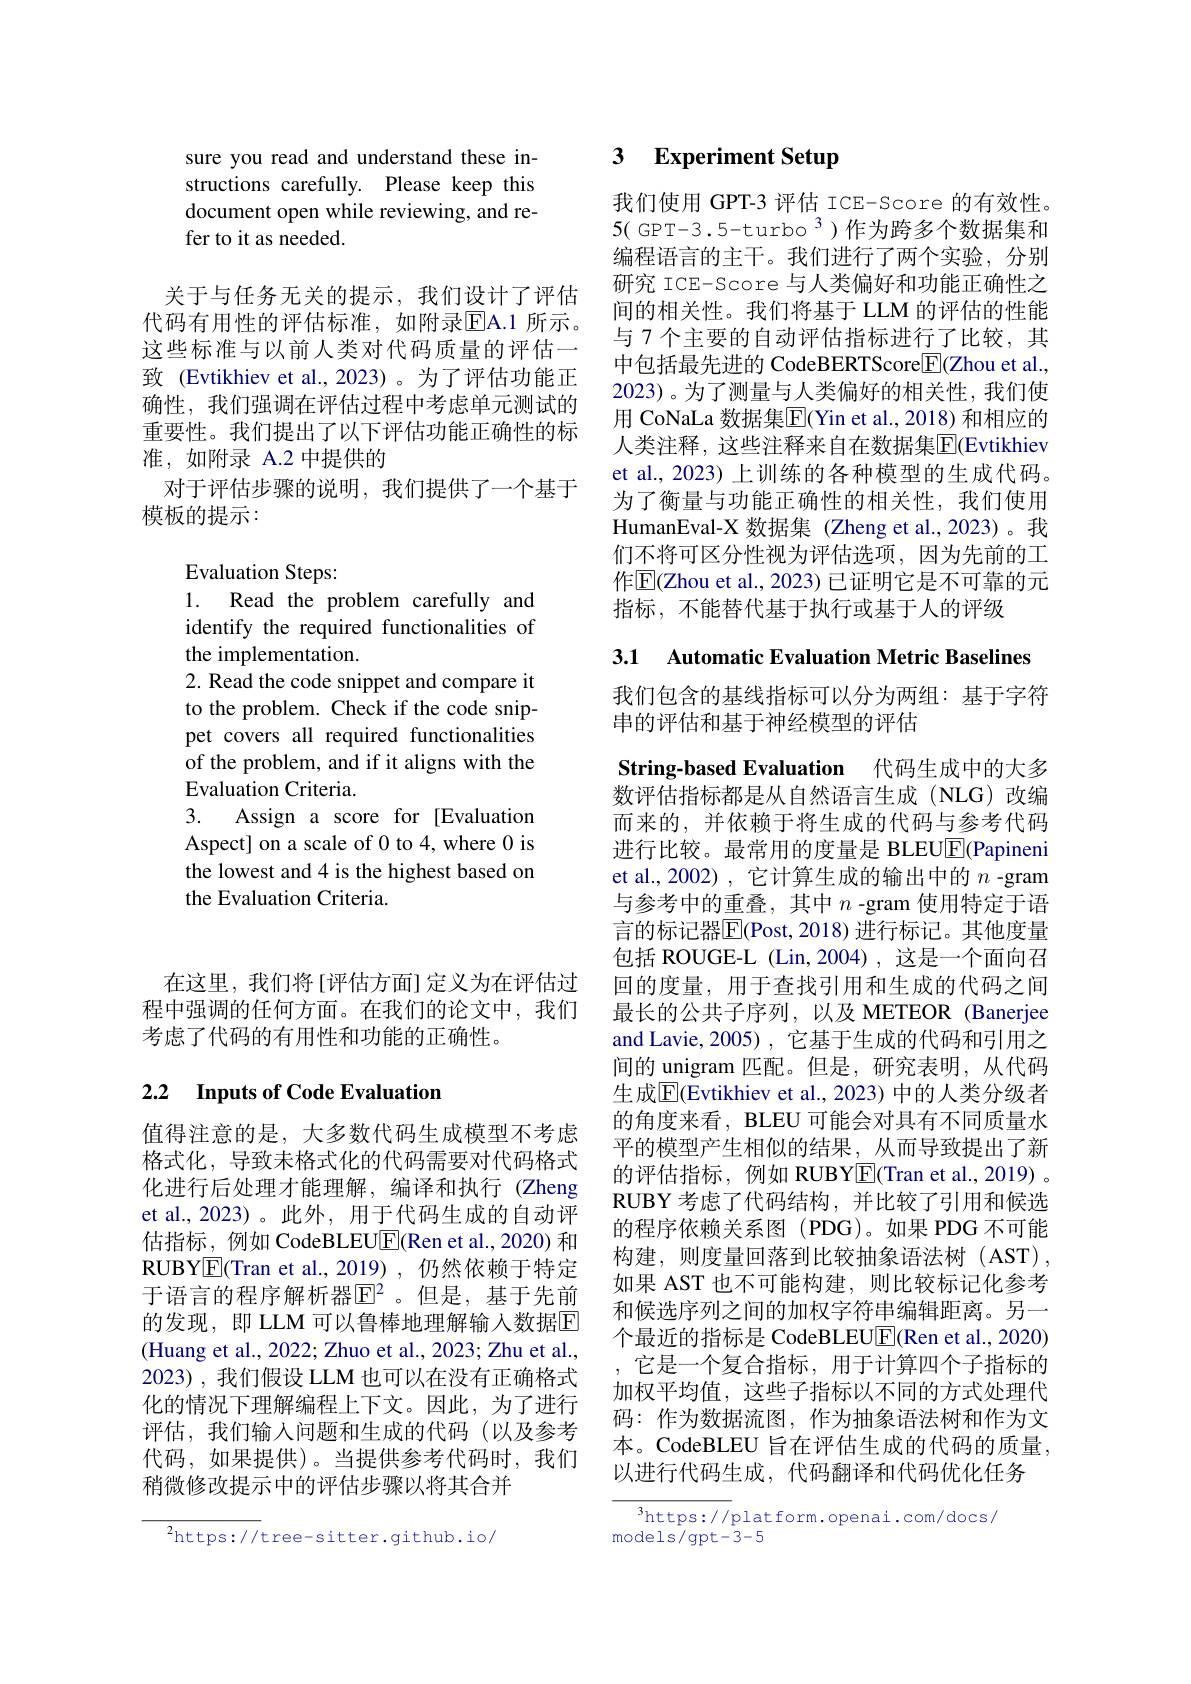
在这里，我们将[评估方面]定义为在评估过程中强调的任何方面。在我们的论文中，我们考虑了代码的有用性和功能的正确性。

## 2.2 $\textbf{Inputs of Code Evaluation}$

值得注意的是，大多数代码生成模型不考虑格式化，导致未格式化的代码需要对代码格式化进行后处理才能理解，编译和执行(Zheng et al., 2023)。此外，用于代码生成的自动评估指标，例如 CodeBLEU$\underline{\mathrm{E}}$(Ren et al., 2020) 和RUBYE(Tran et al.,2019),仍然依赖于特定于语言的程序解析器$\overline{\mathrm{E}}^2$。但是，基于先前的发现，即 LLM 可以鲁棒地理解输入数据$\overline{\mathrm{F}}$ (Huang et al., 2022; Zhuo et al., 2023; Zhu et al., 2023),我们假设 LLM 也可以在没有正确格式化的情况下理解编程上下文。因此，为了进行评估，我们输入问题和生成的代码(以及参考代码，如果提供)。当提供参考代码时，我们稍微修改提示中的评估步骤以将其合并

$^{2}$https://tree-sitter.github.io/

sure you read and understand these instructions carefully. Please keep this document open while reviewing, and refer to it as needed.

关于与任务无关的提示，我们设计了评估代码有用性的评估标准，如附录$\overline{\mathrm{EA.1~}}$所示。这些标准与以前人类对代码质量的评估一致 (Evtikhiev et al.,2023)。为了评估功能正确性，我们强调在评估过程中考虑单元测试的重要性。我们提出了以下评估功能正确性的标准，如附录 A.2 中提供的
对于评估步骤的说明，我们提供了一个基于
模板的提示：

Evaluation Steps:
1. Read the problem carefully and identify the required functionalities of the implementation.
2. Read the code snippet and compare it to the problem. Check if the code snippet covers all required functionalities of the problem, and if it aligns with the Evaluation Criteria.
3.
Assign a score for [Evaluation Aspect] on a scale of 0 to 4, where 0 is the lowest and 4 is the highest based on the Evaluation Criteria.

# 3 Experiment Setup

我们使用 GPT-3 评估 ICE-Score 的有效性。$5(\mathrm{~GPT-3.5-turbo~}^{3})$作为跨多个数据集和编程语言的主干。我们进行了两个实验，分别研究 ICE-Score 与人类偏好和功能正确性之间的相关性。我们将基于 LLM 的评估的性能与 7 个主要的自动评估指标进行了比较，其中包括最先进的 CodeBERTScore$\boxed{\mathrm{F}}($Zhou et al., 2023)。为了测量与人类偏好的相关性，我们使用 CoNaLa 数据集$\overline{\mathrm{E}}$(Yin et al., 2018) 和相应的人类注释，这些注释来自在数据集$\overline{\mathrm{E}}($Evtikhiev et al., 2023) 上训练的各种模型的生成代码。为了衡量与功能正确性的相关性，我们使用HumanEval-X 数据集 (Zheng et al.,2023)。我们不将可区分性视为评估选项，因为先前的工作$\mathbb{E}($Zhou et al., 2023) 已证明它是不可靠的元指标，不能替代基于执行或基于人的评级

3.1 Automatic Evaluation Metric Baselines

我们包含的基线指标可以分为两组：基于字符
串的评估和基于神经模型的评估

String-based Evaluation 代码生成中的大多数评估指标都是从自然语言生成(NLG)改编而来的，并依赖于将生成的代码与参考代码进行比较。最常用的度量是 BLEU$\overline{\mathbb{E}}$(Papineni et al.,2002), 它计算生成的输出中的$n$ -gram 与参考中的重叠，其中$n$ -gram 使用特定于语言的标记器$\overline{\mathrm{E}}($Post,2018)进行标记。其他度量包括 ROUGE-L (Lin,2004),这是一个面向召回的度量，用于查找引用和生成的代码之间最长的公共子序列，以及 METEOR (Banerjee and Lavie, 2005), 它基于生成的代码和引用之间的 unigram 匹配。但是，研究表明，从代码生成$\overline{\mathrm{E}}$(Evtikhiev et al., 2023) 中的人类分级者的角度来看，BLEU 可能会对具有不同质量水平的模型产生相似的结果，从而导致提出了新的评估指标，例如 RUBYE(Tran et al.,2019) 。RUBY 考虑了代码结构，并比较了引用和候选的程序依赖关系图(PDG)。如果 PDG 不可能构建，则度量回落到比较抽象语法树(AST), 如果 AST 也不可能构建，则比较标记化参考和候选序列之间的加权字符串编辑距离。另一个最近的指标是 CodeBLEU$\boxed{\mathrm{F}}($Ren et al., 2020) ,它是一个复合指标，用于计算四个子指标的加权平均值，这些子指标以不同的方式处理代码：作为数据流图，作为抽象语法树和作为文本。CodeBLEU 旨在评估生成的代码的质量， 以进行代码生成，代码翻译和代码优化任务

$^3$https://platform.openai.com/docs/
models/gpt-3-5